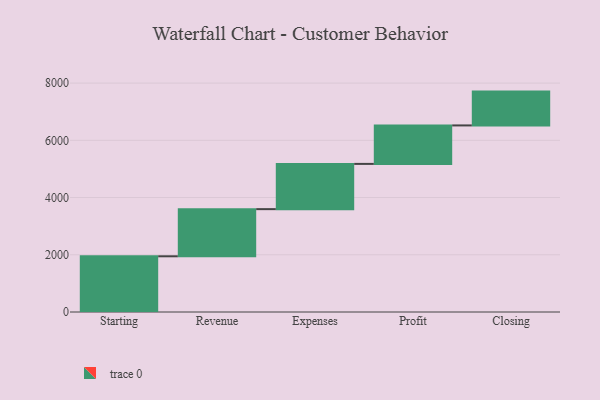
{"axis": {"x": "Step", "y": "Value"}, "legend": [""], "data": [{"x": "Starting", "y": 1947.0, "type": ""}, {"x": "Revenue", "y": 1648.0, "type": ""}, {"x": "Expenses", "y": 1581.0, "type": ""}, {"x": "Profit", "y": 1345.0, "type": ""}, {"x": "Closing", "y": 1182.0, "type": ""}]}